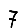
Digit: 7